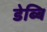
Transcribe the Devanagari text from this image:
डेब्बि